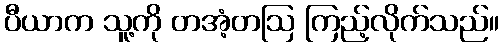
ပီယာက သူ့ကို တအံ့တဩ ကြည့်လိုက်သည်။